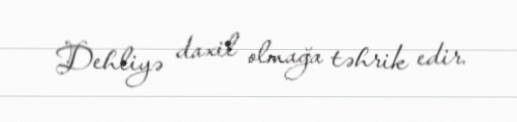
Dehliyə daxil olmağa təhrik edir.